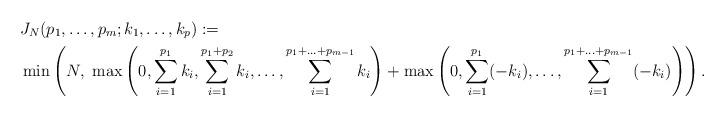
LaTeX: \begin{align*}& J_N(p_1, \ldots, p_m; k_1,\ldots, k_p):= \\& \min\left(N, \ \max\left(0, \sum_{i=1}^{p_1} k_i, \sum_{i=1}^{p_1+p_2} k_i, \ldots, \sum_{i=1}^{p_1+\ldots+p_{m-1}} k_i\right)+\max\left(0, \sum_{i=1}^{p_1} (-k_i), \ldots, \sum_{i=1}^{p_1+\ldots+p_{m-1}} (-k_i)\right)\right).\end{align*}